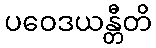
ပဝေဒယန္တီတိ